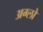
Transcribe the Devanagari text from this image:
अग्लो